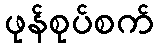
ဖုန်စုပ်စက်